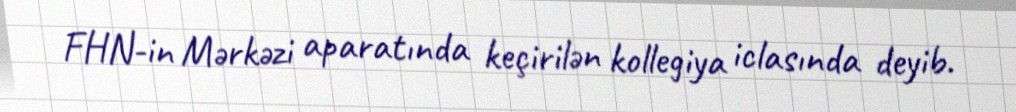
FHN-in Mərkəzi aparatında keçirilən kollegiya iclasında deyib.